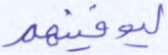
ليوفينهم